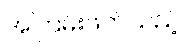
အကြမ်းဖက်သည့်